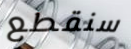
سنقطع